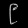
Digit: ၉